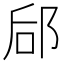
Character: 郈